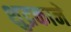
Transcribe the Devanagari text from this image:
शुद्रकाने